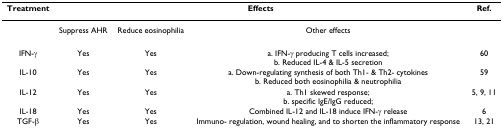
| Treatment | <COLSPAN=3> Effects | Ref. |
 | --- | --- | --- | --- | --- |
 |  | Suppress AHR | Reduce eosinophilia | Other effects |  |
 | IFN-γ | Yes | Yes | a. IFN-γ producing T cells increased;b. Reduced IL-4 & IL-5 secretion | 60 |
 | IL-10 | Yes | Yes | a. Down-regulating synthesis of both Th1- & Th2- cytokinesb. Reduced both eosinophilia & neutrophilia | 59 |
 | IL-12 | Yes | Yes | a. Th1 skewed response;b. specific IgE/IgG reduced; | 5, 9, 11 |
 | IL-18 | Yes | Yes | Combined IL-12 and IL-18 induce IFN-γ release | 6 |
 | TGF-β | Yes | Yes | Immuno- regulation, wound healing, and to shorten the inflammatory response | 13, 21 |